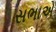
સભાએ